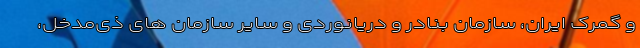
و گمرک ایران، سازمان بنادر و دریانوردی و سایر سازمان های ذی‌مدخل،